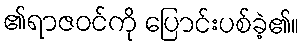
၏ရာဇဝင်ကို ပြောင်းပစ်ခဲ့၏။